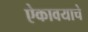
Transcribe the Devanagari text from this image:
ऐकावयाचे